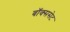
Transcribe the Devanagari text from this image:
बॉक्ससेट